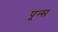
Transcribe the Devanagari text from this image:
पून्स